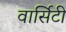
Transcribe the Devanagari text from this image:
वार्सिटी